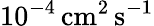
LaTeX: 10^{-4}\, \mathrm{cm^{2}\, s^{-1}}